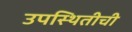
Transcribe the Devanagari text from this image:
उपस्थितीची